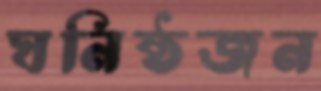
ঘনিষ্ঠজন